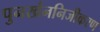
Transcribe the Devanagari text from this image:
पुनर्खननिजीकरण